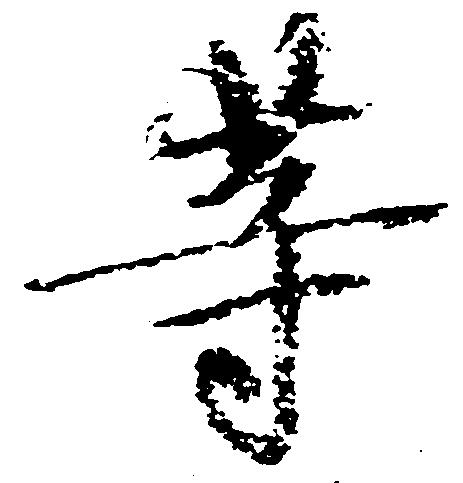
等